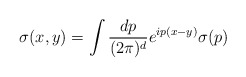
\begin{align*}\sigma (x,y) = \int {dp\over (2\pi )^{d}} e^{ip(x-y)}\sigma (p)\end{align*}